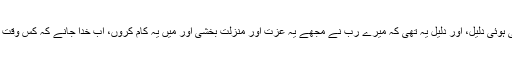
ور برہان کا مطلب ہے، کہ خدا کی سمجھائی ہوئی دلیل، اور دلیل یہ تھی کہ میرے رب نے مجھے یہ عزت اور منزلت بخشی اور میں یہ کام کروں، اب خدا جانے کہ کس وقت کس پہ ٹرمپ کی روح سرایت کر گئی تھی۔